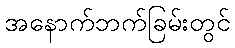
အနောက်ဘက်ခြမ်းတွင်